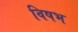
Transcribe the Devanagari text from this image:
विषभ